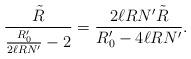
LaTeX: \begin{align*}\frac{\tilde{R}}{\frac{R'_0}{2\ell RN'}-2}=\frac{2\ell RN'\tilde{R}}{R'_0-4\ell RN'}.\end{align*}